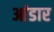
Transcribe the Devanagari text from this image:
आंडार